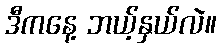
ဒီကနေ့ ဘယ့်နှယ်လဲ။